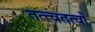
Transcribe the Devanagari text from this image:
तत्त्वतत्वों